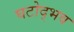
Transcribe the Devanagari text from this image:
घटोद्भव